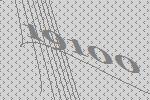
19100